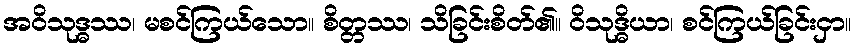
အဝိသုဒ္ဓဿ၊ မစင်ကြယ်သော။ စိတ္တဿ၊ သိခြင်းစိတ်၏။ ဝိသုဒ္ဓိယာ၊ စင်ကြယ်ခြင်းငှာ။